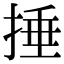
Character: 捶